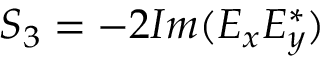
S _ { 3 } = - 2 I m ( E _ { x } E _ { y } ^ { * } )